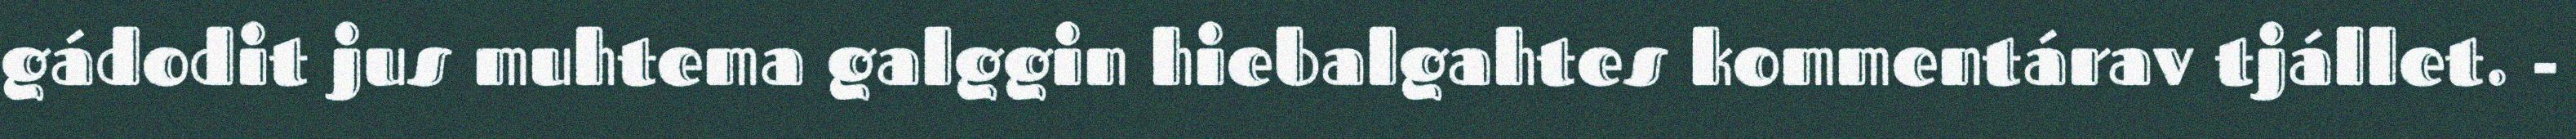
gádodit jus muhtema galggin hiebalgahtes kommentárav tjállet. -